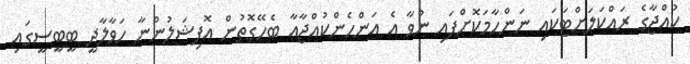
ކުއްޖާގެ ރައްކަލަށްޓަކައި ނަންހާމަކޮށްފައި ނުވާ އެ އަންހެންކުއްޖާއާ ބެހޭގޮތުން އޮފިޝަލުންނާ ހަވާލާދީ ބީބީސީގައި